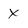
Character: X